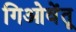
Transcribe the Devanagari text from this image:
गिओवेंतू